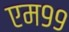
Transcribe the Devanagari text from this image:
एम९९